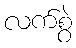
လက်စွဲ